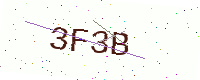
Text: 3F3B